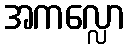
အကလ္လော